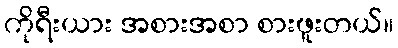
ကိုရီးယား အစားအစာ စားဖူးတယ်။